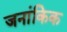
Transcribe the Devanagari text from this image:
जनांकिक